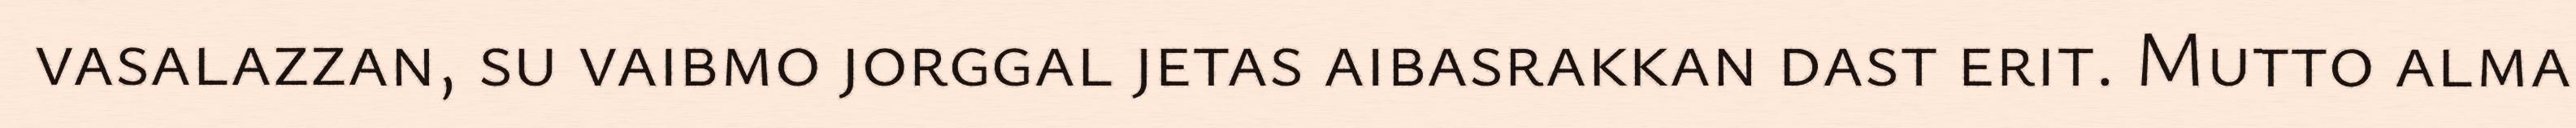
vasalazzan, su vaibmo jorggal jetas aibasrakkan dast erit. Mutto alma